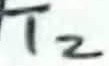
Text: T2